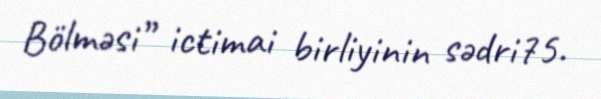
Bölməsi” ictimai birliyinin sədri75.